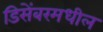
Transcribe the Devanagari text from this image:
डिसेंबरमधील